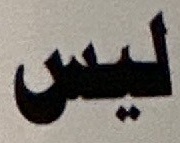
ليس